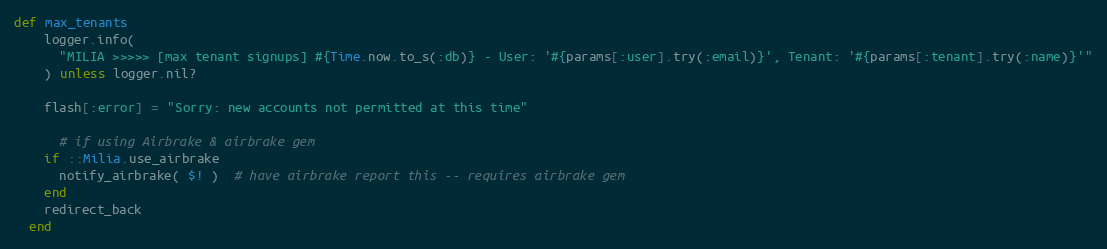
Language: Ruby
def max_tenants
    logger.info(
      "MILIA >>>>> [max tenant signups] #{Time.now.to_s(:db)} - User: '#{params[:user].try(:email)}', Tenant: '#{params[:tenant].try(:name)}'"
    ) unless logger.nil?

    flash[:error] = "Sorry: new accounts not permitted at this time"

      # if using Airbrake & airbrake gem
    if ::Milia.use_airbrake
      notify_airbrake( $! )  # have airbrake report this -- requires airbrake gem
    end
    redirect_back
  end